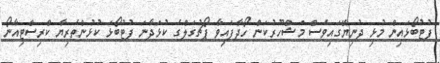
ފުޓުބޯޅައިން މުޅި ދުނިޔޭގައިވެސް މަޝްހޫރުކަން ހޯދާފައިވާ ޕޯޗުގަލްގެ ކުޅަދާނަ ފުޓުބޯޅަ ކުޅުންތެރިޔާ ކްރިސްޓިއާނޯ